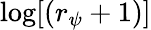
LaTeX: \log[(r_{\psi}+1)]